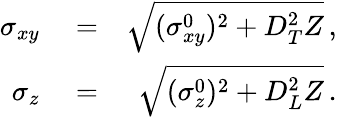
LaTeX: \begin{array}{rlr}{\sigma_{xy}}&{{}=}&{\sqrt{(\sigma_{xy}^{0})^{2}+D_{T}^{2}Z}\, ,}\\ {\sigma_{z}}&{{}=}&{\sqrt{(\sigma_{z}^{0})^{2}+D_{L}^{2}Z}\, .}\end{array}